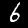
Digit: 6